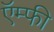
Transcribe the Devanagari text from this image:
ऍम्फी